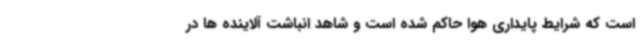
است که شرایط پایداری هوا حاکم شده است و شاهد انباشت آلاینده ها در